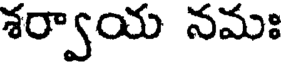
శర్వాయ నమః